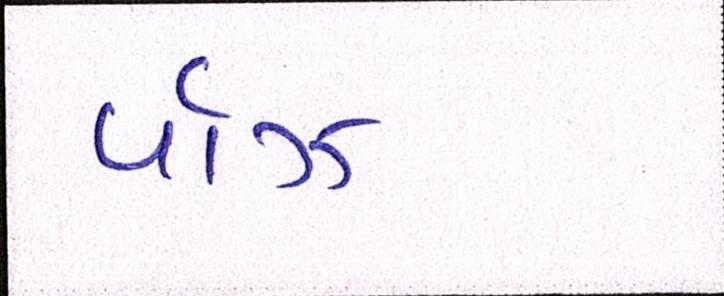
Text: પૉઝ